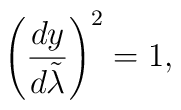
\left({{dy}\over{d\tilde{\lambda}}}\right)^2=1,